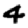
Digit: 4